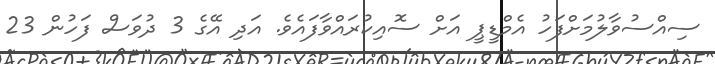
ސިއްސުވާލުމަށްފަހު އެމްޑީޕީ އަށް ސޮއިކުރައްވާފައެވެ. އަދި އޭގެ 3 ދުވަސް ފަހުން 23